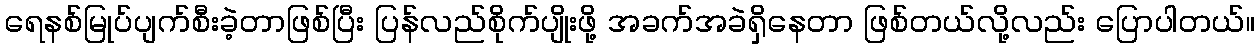
ရေနစ်မြုပ်ပျက်စီးခဲ့တာဖြစ်ပြီး ပြန်လည်စိုက်ပျိုးဖို့ အခက်အခဲရှိနေတာ ဖြစ်တယ်လို့လည်း ပြောပါတယ်။